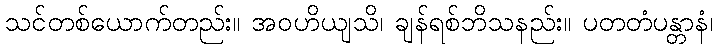
သင်တစ်ယောက်တည်း။ အဝဟိယျသိ၊ ချန်ရစ်ဘိသနည်း။ ပတတံပန္တာနံ၊